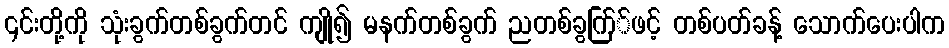
၎င်းတို့ကို သုံးခွက်တစ်ခွက်တင် ကျို၍ မနက်တစ်ခွက် ညတစ်ခွက်ြ်ဖင့် တစ်ပတ်ခန့် သောက်ပေးပါက